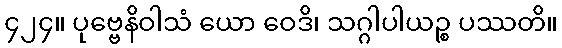
၄၂၄။ ပုဗ္ဗေနိဝါသံ ယော ဝေဒိ၊ သဂ္ဂါပါယဉ္စ ပဿတိ။